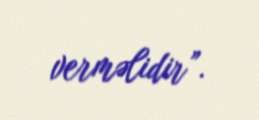
verməlidir”.